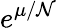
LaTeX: e^{\mu/\mathcal{N}}